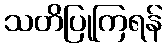
သတိပြုကြရန်